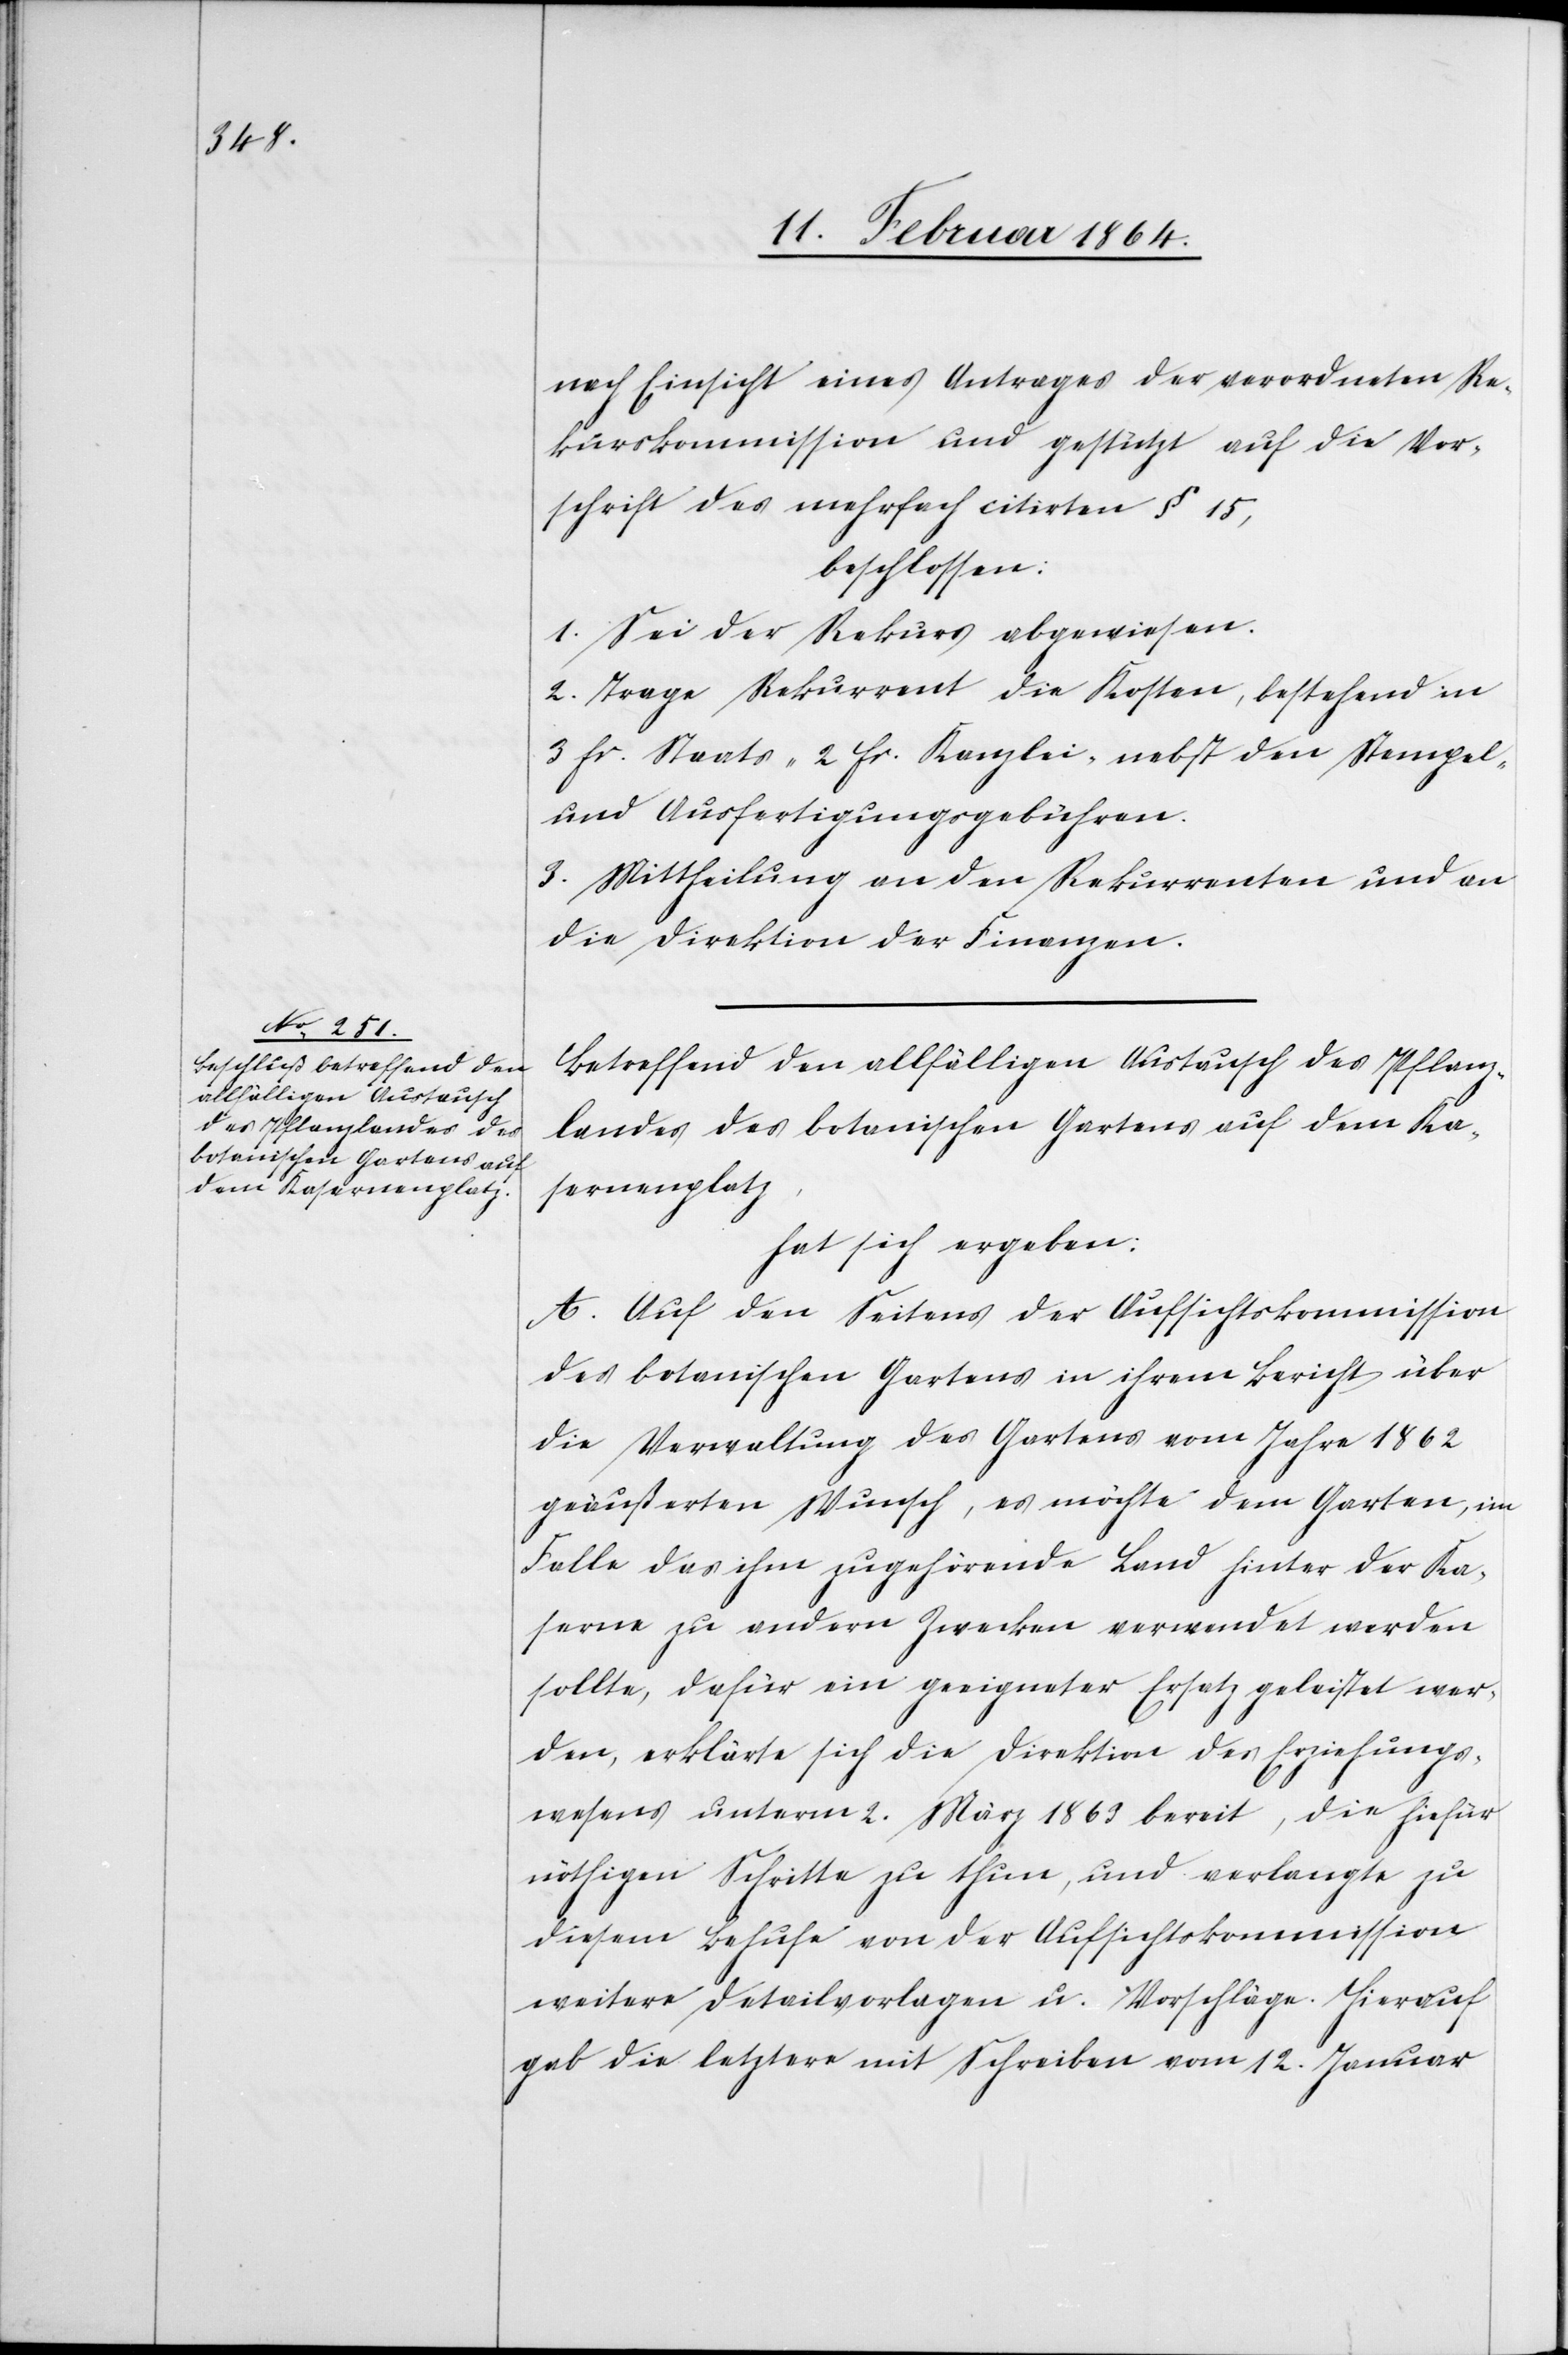
nach Einsicht eines Antrages der verordneten Re¬
kurskommission und gestützt auf die Vor¬
schrift des mehrfach citirten § 15,
beschlossen:
1. Sei der Rekurs abgewiesen.
2. Trage Rekurrent die Kosten, bestehend in
3 fr. Staats- 2 fr. Kanzlei, nebst den Stempel-
und Ausfertigungsgebühren.
3. Mittheilung an den Rekurrenten und an
die Direktion der Finanzen.
Betreffend den allfälligen Austausch des Pflanz¬
landes des botanischen Gartens auf dem Ka¬
sernenplatz,
hat sich ergeben:
A. Auf den Seitens der Aufsichtskommission
des botanischen Gartens in ihrem Bericht über
die Verwaltung des Gartens vom Jahre 1862
geäußerten Wunsch, es möchte dem Garten, im
Falle das ihm zugehörende Land hinter der Ka¬
serne zu andern Zwecken verwendet werden
sollte, dafür ein geeigneter Ersatz geleistet wer¬
den, erklärte sich die Direktion des Erziehungs¬
wesens unterm 2. März 1863 bereit, die hiefür
nöthigen Schritte zu thun, und verlangte zu
diesem Behufe von der Aufsichtskommission
weitere Detailvorlagen u. Vorschläge. Hierauf
gab die letztere mit Schreiben vom 12. Januar